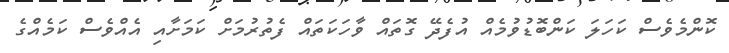
ކޮންމެވެސް ކަހަލަ ކަންބޮޑުވުމެއް އުފެދޭ ގޮތައް ވާހަކަތައް ފެތުރުމަށް ކަމަށާއި އެއްވެސް ކަމެއްގެ